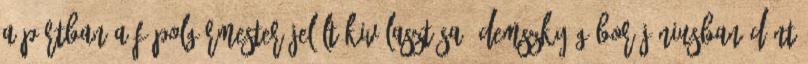
a pártban a főpolgármester-jelölt kiválasztása. Demszky Gábor júniusban dönt